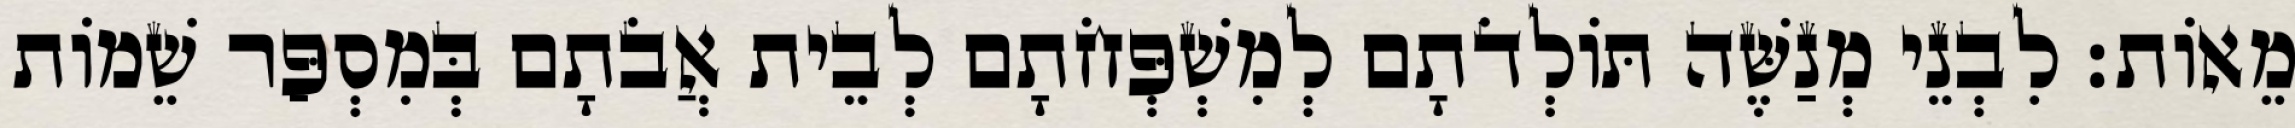
מֵאוֹת׃ לִבְנֵי מְנַשֶּׁה תּוֹלְדֹתָם לְמִשְׁפְּחֹתָם לְבֵית אֲבֹתָם בְּמִסְפַּר שֵׁמוֹת